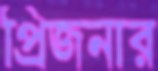
প্রিজনার